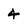
Character: 4